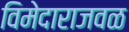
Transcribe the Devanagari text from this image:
विमेदाराजवळ